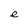
Character: e